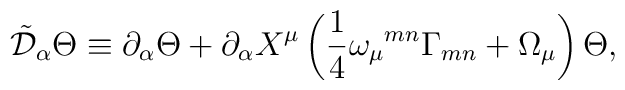
\tilde{{\cal D}}_{\alpha}\Theta \equiv  \partial_{\alpha}\Theta +\partial_{\alpha}X^{\mu}\left( {1\over 4}\omega_{\mu}{}^{mn}\Gamma_{mn} + \Omega_{\mu}\right) \Theta,